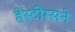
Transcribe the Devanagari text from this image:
हेस्टींग्सने